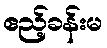
ဧည့်ခန်းမ